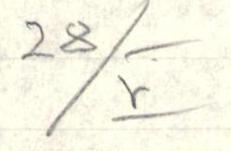
28/V